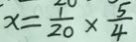
x = \frac { 1 } { 2 0 } \times \frac { 5 } { 4 }